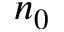
n _ { 0 }